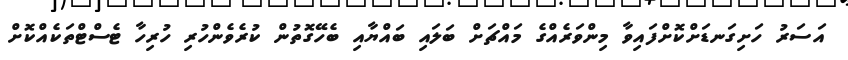
އަސަރު ހަށިގަނޑަށްކޮށްފައިވާ މިންވަރެއްގެ މައްޗަށް ބަލައި ބައްޔާއި ބެހޭގޮތުން ކުރެވެންހުރި ހުރިހާ ޓެސްޓްތަކެއްކޮށް